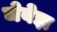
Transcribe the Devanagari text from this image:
जेबेझ